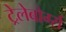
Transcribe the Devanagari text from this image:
ट्रेलेबोर्ग्स